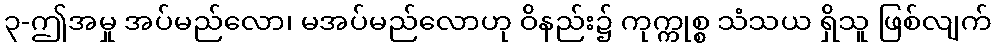
၃-ဤအမှု အပ်မည်လော၊ မအပ်မည်လောဟု ဝိနည်း၌ ကုက္ကုစ္စ သံသယ ရှိသူ ဖြစ်လျက်